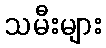
သမီးများ